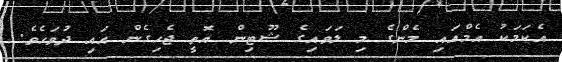
އެކަމަކު އެމްއައި މެންގެ މި ލަވައިގެ ޝޫޓިން އޮތީ ޖެހިގެން އައި ދުވަހެވެ.